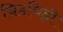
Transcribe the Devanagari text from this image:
चिडचिड़ी